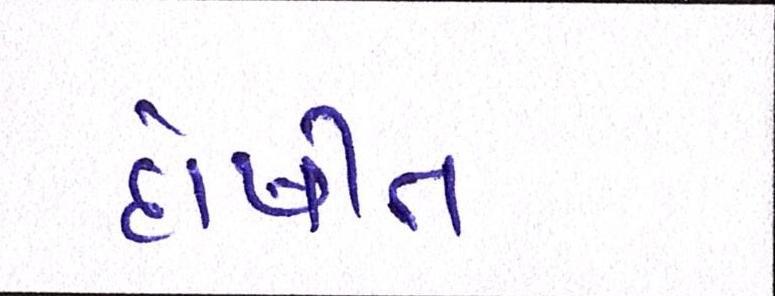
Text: દોષીત